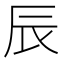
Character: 辰